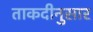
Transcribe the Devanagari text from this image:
ताकदीनुसार